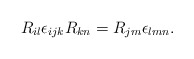
\begin{align*}R_{il} \epsilon_{ijk} R_{kn} = R_{jm} \epsilon_{lmn}.\end{align*}